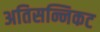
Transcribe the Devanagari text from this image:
अतिसन्निकट